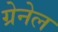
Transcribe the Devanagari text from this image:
ग्रेनेल